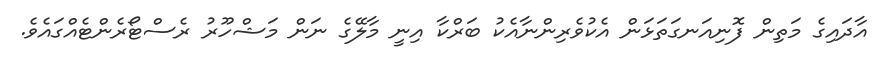
އާދައިގެ މަތިން ފޮނިއަނގަތަޅަން އެކުވެރިންނާއެކު ބަރްކާ އިނީ މާލޭގެ ނަން މަޝްހޫރު ރެސްޓޯރެންޓެއްގައެވެ.